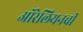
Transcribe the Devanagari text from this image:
ऑरेलियनची